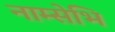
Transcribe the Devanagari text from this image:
नाम्सेभि